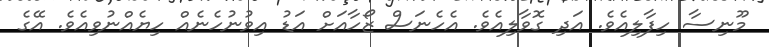
މޫނިސާ ހިފާލިއެވެ. އަދި ގޮވާލިއެވެ. އެހެނަސް ޒޯހާއަށް އަޑު އިވުނުހެނެއް ހިޔެއްނުވިއެވެ. އޭގެ